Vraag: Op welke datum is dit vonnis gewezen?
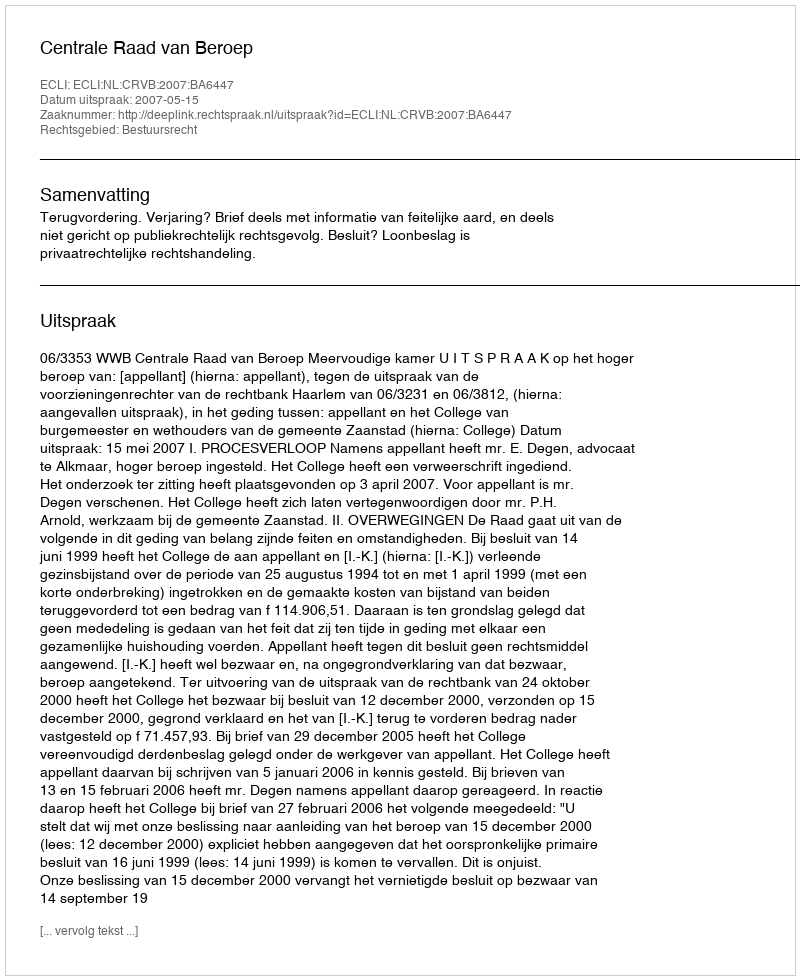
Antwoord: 2007-05-15